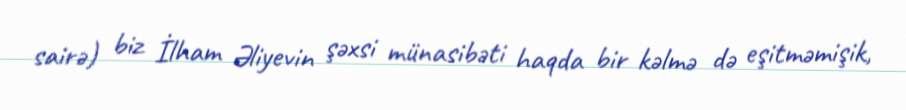
sairə) biz İlham Əliyevin şəxsi münasibəti haqda bir kəlmə də eşitməmişik,